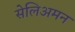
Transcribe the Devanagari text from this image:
सेलिअमन